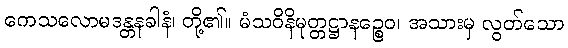
ကေသလောမဒန္တနခါနံ၊ တို့၏။ မံသဝိနိမုတ္တဋ္ဌာနဉ္စေဝ၊ အသားမှ လွတ်သော